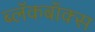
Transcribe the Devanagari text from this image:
ब्‍लॅकबॉक्स